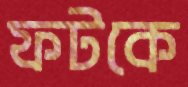
ফটকে